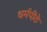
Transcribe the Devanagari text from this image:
धर्मपीठे